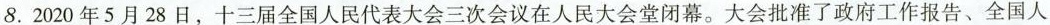
8. 2020年5月28日，十三届全国人民代表大会三次会议在人民大会堂闭幕。大会批准了政府工作报告、全国人